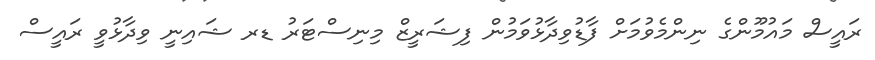
ރައީސް މައުމޫންގެ ނިންމެވުމަށް ފާޑުވިދާޅުވަމުން ފިޝަރީޒް މިނިސްޓަރު ޑރ ޝައިނީ ވިދާޅުވީ ރައީސް